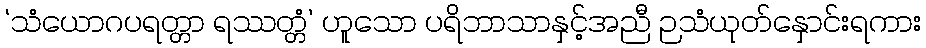
‘သံယောဂပရတ္တာ ရဿတ္တံ’ ဟူသော ပရိဘာသာနှင့်အညီ ဉသံယုတ်နှောင်းရကား